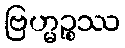
ဗြဟ္မဉ္စဿ